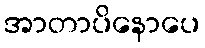
အာတာပိနောပေ